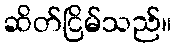
ဆိတ်ငြိမ်သည်။